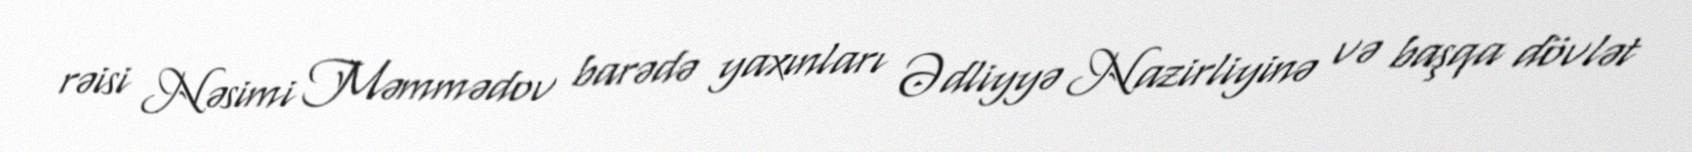
rəisi Nəsimi Məmmədov barədə yaxınları Ədliyyə Nazirliyinə və başqa dövlət